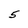
Character: 5